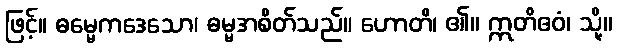
ဖြင့်။ ဓမ္မေကဒေသော၊ ဓမ္မအစိတ်သည်။ ဟောတိ၊ ၏။ ဣတိဧဝံ၊ သို့။